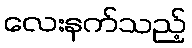
လေးနက်သည့်